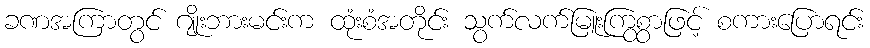
ခဏအကြာတွင် ဂျိုးဘားမင်းက ထုံးစံအတိုင်း သွက်လက်မြူးကြွစွာဖြင့် စကားပြောရင်း